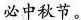
必中秋节。